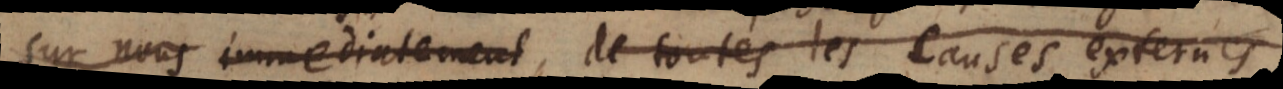
sur nous immediatement de toutes les causes externes